Standardisation of Calmette's anti-venomous serum with pure cobra venom - Number 1
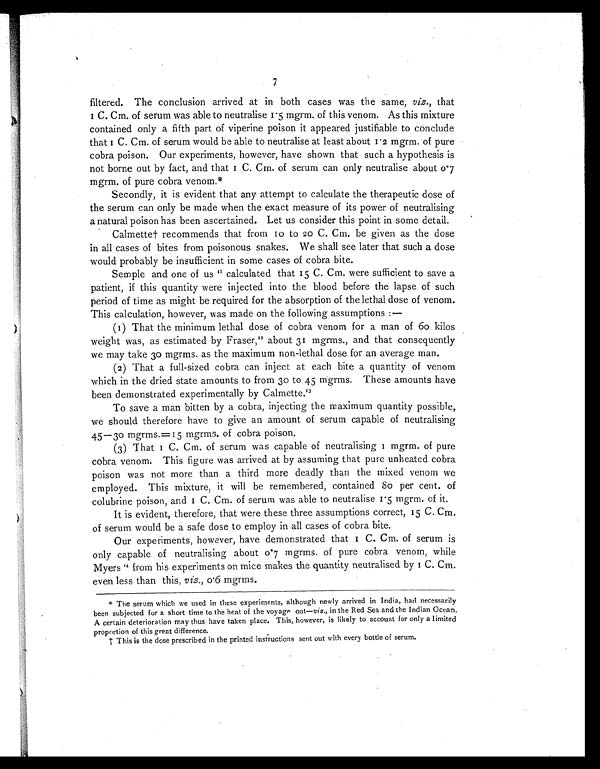
7
filtered. The conclusion arrived at in both cases was the same, viz., that
1 C. Cm. of serum was able to neutralise 1•5 mgrm. of this venom. As this mixture
contained only a fifth part of viperine poison it appeared justifiable to conclude
t h a t 1 C . C m . o f s e r u m w o u l d b e a b l e t o n e u t r a l i s e a t l e a s t a b o u t 1 • 2 m g r m . o f p u r e
cobra poison. Our experiments, however, have shown that such a hypothesis is
not borne out by fact, and that 1 C. Cm. of serum can only neutralise about 0•7
mgrm. of pure cobra venom.*
Secondly, it is evident that any attempt to calculate the therapeutic dose of
the serum can only be made when the exact measure of its power of neutralising
a natural poison has been ascertained. Let us consider this point in some detail.
Calmette† recommends that from 10 to 20 C. Cm. be given as the dose
in all cases of bites from poisonous snakes. We shall see later that such a dose
would probably be insufficient in some cases of cobra bite.
Semple and one of us11 calculated that 15 C. Cm. were sufficient to save a
patient, if this quantity were injected into the blood before the lapse of such
period of time as might be required for the absorption of the lethal dose of venom.
This calculation, however, was made on the following assumptions :—
(1) That the minimum lethal dose of cobra venom for a man of 60 kilos
weight was, as estimated by Fraser, 12 about 31 mgrms., and that consequently
we may take 30 mgrms. as the maximum non-lethal dose for an average man.
(2) That a full-sized cobra can inject at each bite a quantity of venom
which in the dried state amounts to from 30 to 45 mgrms. These amounts have
been demonstrated experimentally by Calmette.1 3
To save a man bitten by a cobra, injecting the maximum quantity possible,
we should therefore have to give an amount of serum capable of neutralising
45—30 mgrms.=15 mgrms. of cobra poison.
( 3) That 1 C. Cm. of s er um was capabl e of neut r al i s i ng 1 mgr m. of pur e
cobra venom. This figure was arrived at by assuming that pure unheated cobra
poison was not more than a third more deadly than the mixed venom we
employed. This mixture, it will be remembered, contained 80 per cent. of
col ubri ne poi son, and 1 C. Cm. of serum was abl e t o neut ral i se 1•5 mgrm. of i t .
It is evident, therefore, that were these three assumptions correct, 15 C. Cm,
of serum would be a safe dose to employ in all cases of cobra bite.
Our experiments, however, have demonstrated that 1 C. Cm. of serum is
only capable of neutralising about 0•7 mgrms. of pure cobra venom, while
Myers 14 from his experiments on mice makes the quantity neutralised by 1 C. Cm.
even less than this, viz., 0•6 mgrms.
* The serum which we used in these experiments, although newly arrived in India, had necessarily
been subjected for a short time to the heat of the voyage out— viz ., in the Red Sea and the Indian Ocean.
A certain deterioration may thus have taken place. This, however, is likely to account for only a limited
proportion of this great difference.
† This is the dose prescribed in the printed instructions sent out with every bottle of serum.